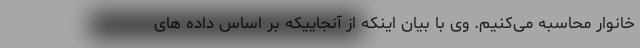
خانوار محاسبه می‌کنیم. وی با بیان اینکه از آنجاییکه بر اساس داده های